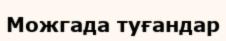
Можгада туғандар